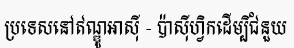
ប្រទេសនៅឥណ្ឌូអាស៊ី - ប៉ាស៊ីហ្វិកដើម្បីជំនួយ